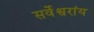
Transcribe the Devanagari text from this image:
सर्वेश्वरांय